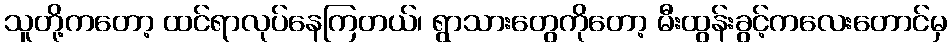
သူတို့ကတော့ ထင်ရာလုပ်နေကြတယ်၊ ရွာသားတွေကိုတော့ မီးထွန်းခွင့်ကလေးတောင်မှ